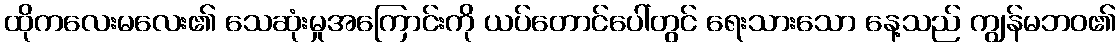
ထိုကလေးမလေး၏ သေဆုံးမှုအကြောင်းကို ယပ်တောင်ပေါ်တွင် ရေးသားသော နေ့သည် ကျွန်မဘဝ၏